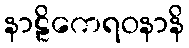
နာဠိကေရဝနာနိ